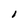
Character: I